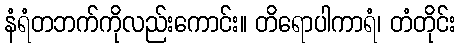
နံရံတဘက်ကိုလည်းကောင်း။ တိရောပါကာရံ၊ တံတိုင်း